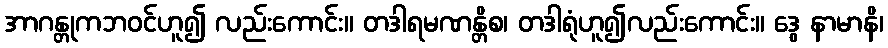
အာဂန္တုကဘဝင်ဟူ၍ လည်းကောင်း။ တဒါရမဏန္တိစ၊ တဒါရုံဟူ၍လည်းကောင်း။ ဒွေ နာမာနိ၊